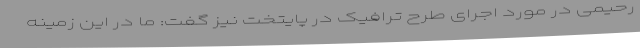
رحیمی در مورد اجرای طرح ترافیک در پایتخت نیز گفت: ما در این زمینه